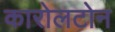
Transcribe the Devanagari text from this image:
कारोलटोन